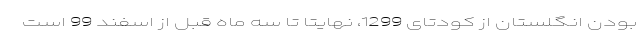
بودن انگلستان از کودتای 1299، نهایتا تا سه ماه قبل از اسفند 99 است